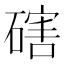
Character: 磍